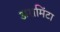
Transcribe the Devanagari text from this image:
अरामिंटा